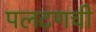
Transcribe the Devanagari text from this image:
पलटणची